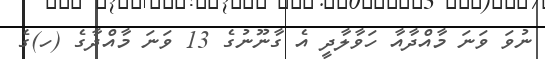
ނުވަ ވަނަ މާއްދާއާ ހަވާލާދީ އެ ގާނޫނުގެ 13 ވަނަ މާއްދާގެ (ހ)ގެ